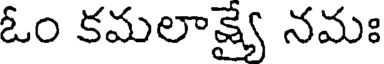
ఓం కమలాక్ష్యై నమః